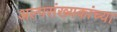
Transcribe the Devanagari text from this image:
अल्पसंख्यकांच्या